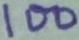
Text: 100